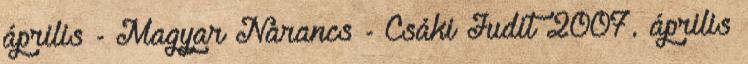
április - Magyar Narancs - Csáki Judit 2007. április